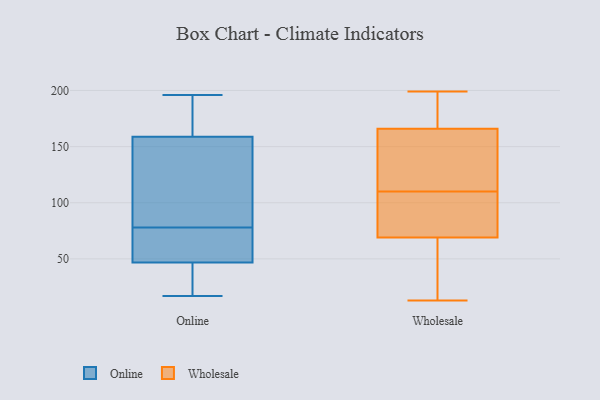
{"axis": {"x": "Bounce Rate (%)", "y": "Value"}, "legend": ["Online", "Wholesale"], "data": [{"x": "", "y": 185, "type": "Online"}, {"x": "", "y": 166, "type": "Online"}, {"x": "", "y": 45, "type": "Online"}, {"x": "", "y": 78, "type": "Online"}, {"x": "", "y": 52, "type": "Online"}, {"x": "", "y": 87, "type": "Online"}, {"x": "", "y": 64, "type": "Online"}, {"x": "", "y": 196, "type": "Online"}, {"x": "", "y": 44, "type": "Online"}, {"x": "", "y": 137, "type": "Online"}, {"x": "", "y": 95, "type": "Online"}, {"x": "", "y": 32, "type": "Online"}, {"x": "", "y": 54, "type": "Online"}, {"x": "", "y": 17, "type": "Online"}, {"x": "", "y": 180, "type": "Online"}, {"x": "", "y": 199, "type": "Wholesale"}, {"x": "", "y": 105, "type": "Wholesale"}, {"x": "", "y": 33, "type": "Wholesale"}, {"x": "", "y": 13, "type": "Wholesale"}, {"x": "", "y": 128, "type": "Wholesale"}, {"x": "", "y": 183, "type": "Wholesale"}, {"x": "", "y": 163, "type": "Wholesale"}, {"x": "", "y": 105, "type": "Wholesale"}, {"x": "", "y": 60, "type": "Wholesale"}, {"x": "", "y": 17, "type": "Wholesale"}, {"x": "", "y": 143, "type": "Wholesale"}, {"x": "", "y": 167, "type": "Wholesale"}, {"x": "", "y": 110, "type": "Wholesale"}, {"x": "", "y": 190, "type": "Wholesale"}, {"x": "", "y": 192, "type": "Wholesale"}, {"x": "", "y": 152, "type": "Wholesale"}, {"x": "", "y": 96, "type": "Wholesale"}, {"x": "", "y": 98, "type": "Wholesale"}, {"x": "", "y": 48, "type": "Wholesale"}]}